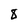
Character: 8